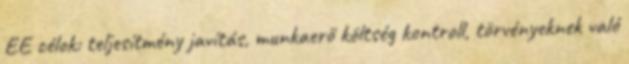
EE célok: teljesítmény javítás, munkaerő költség kontroll, törvényeknek való